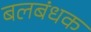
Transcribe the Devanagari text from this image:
बलबंधक